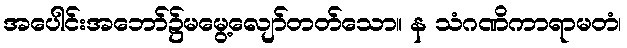
အပေါင်းအဘော်၌မမွေ့လျော်တတ်သော။ န သံဂဏိကာရာမတံ၊